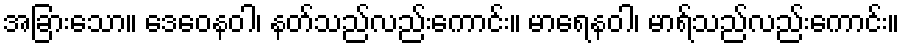
အခြားသော။ ဒေဝေနဝါ၊ နတ်သည်လည်းကောင်း။ မာရေနဝါ၊ မာရ်သည်လည်းကောင်း။